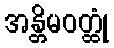
အန္တိမဝတ္ထုံ